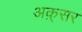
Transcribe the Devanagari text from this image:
अक़्सर